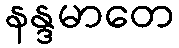
နန္ဒမာတေ